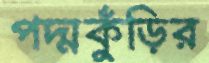
পদ্মকুঁড়ির